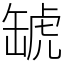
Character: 𧇍